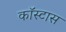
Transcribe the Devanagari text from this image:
कॉस्टास